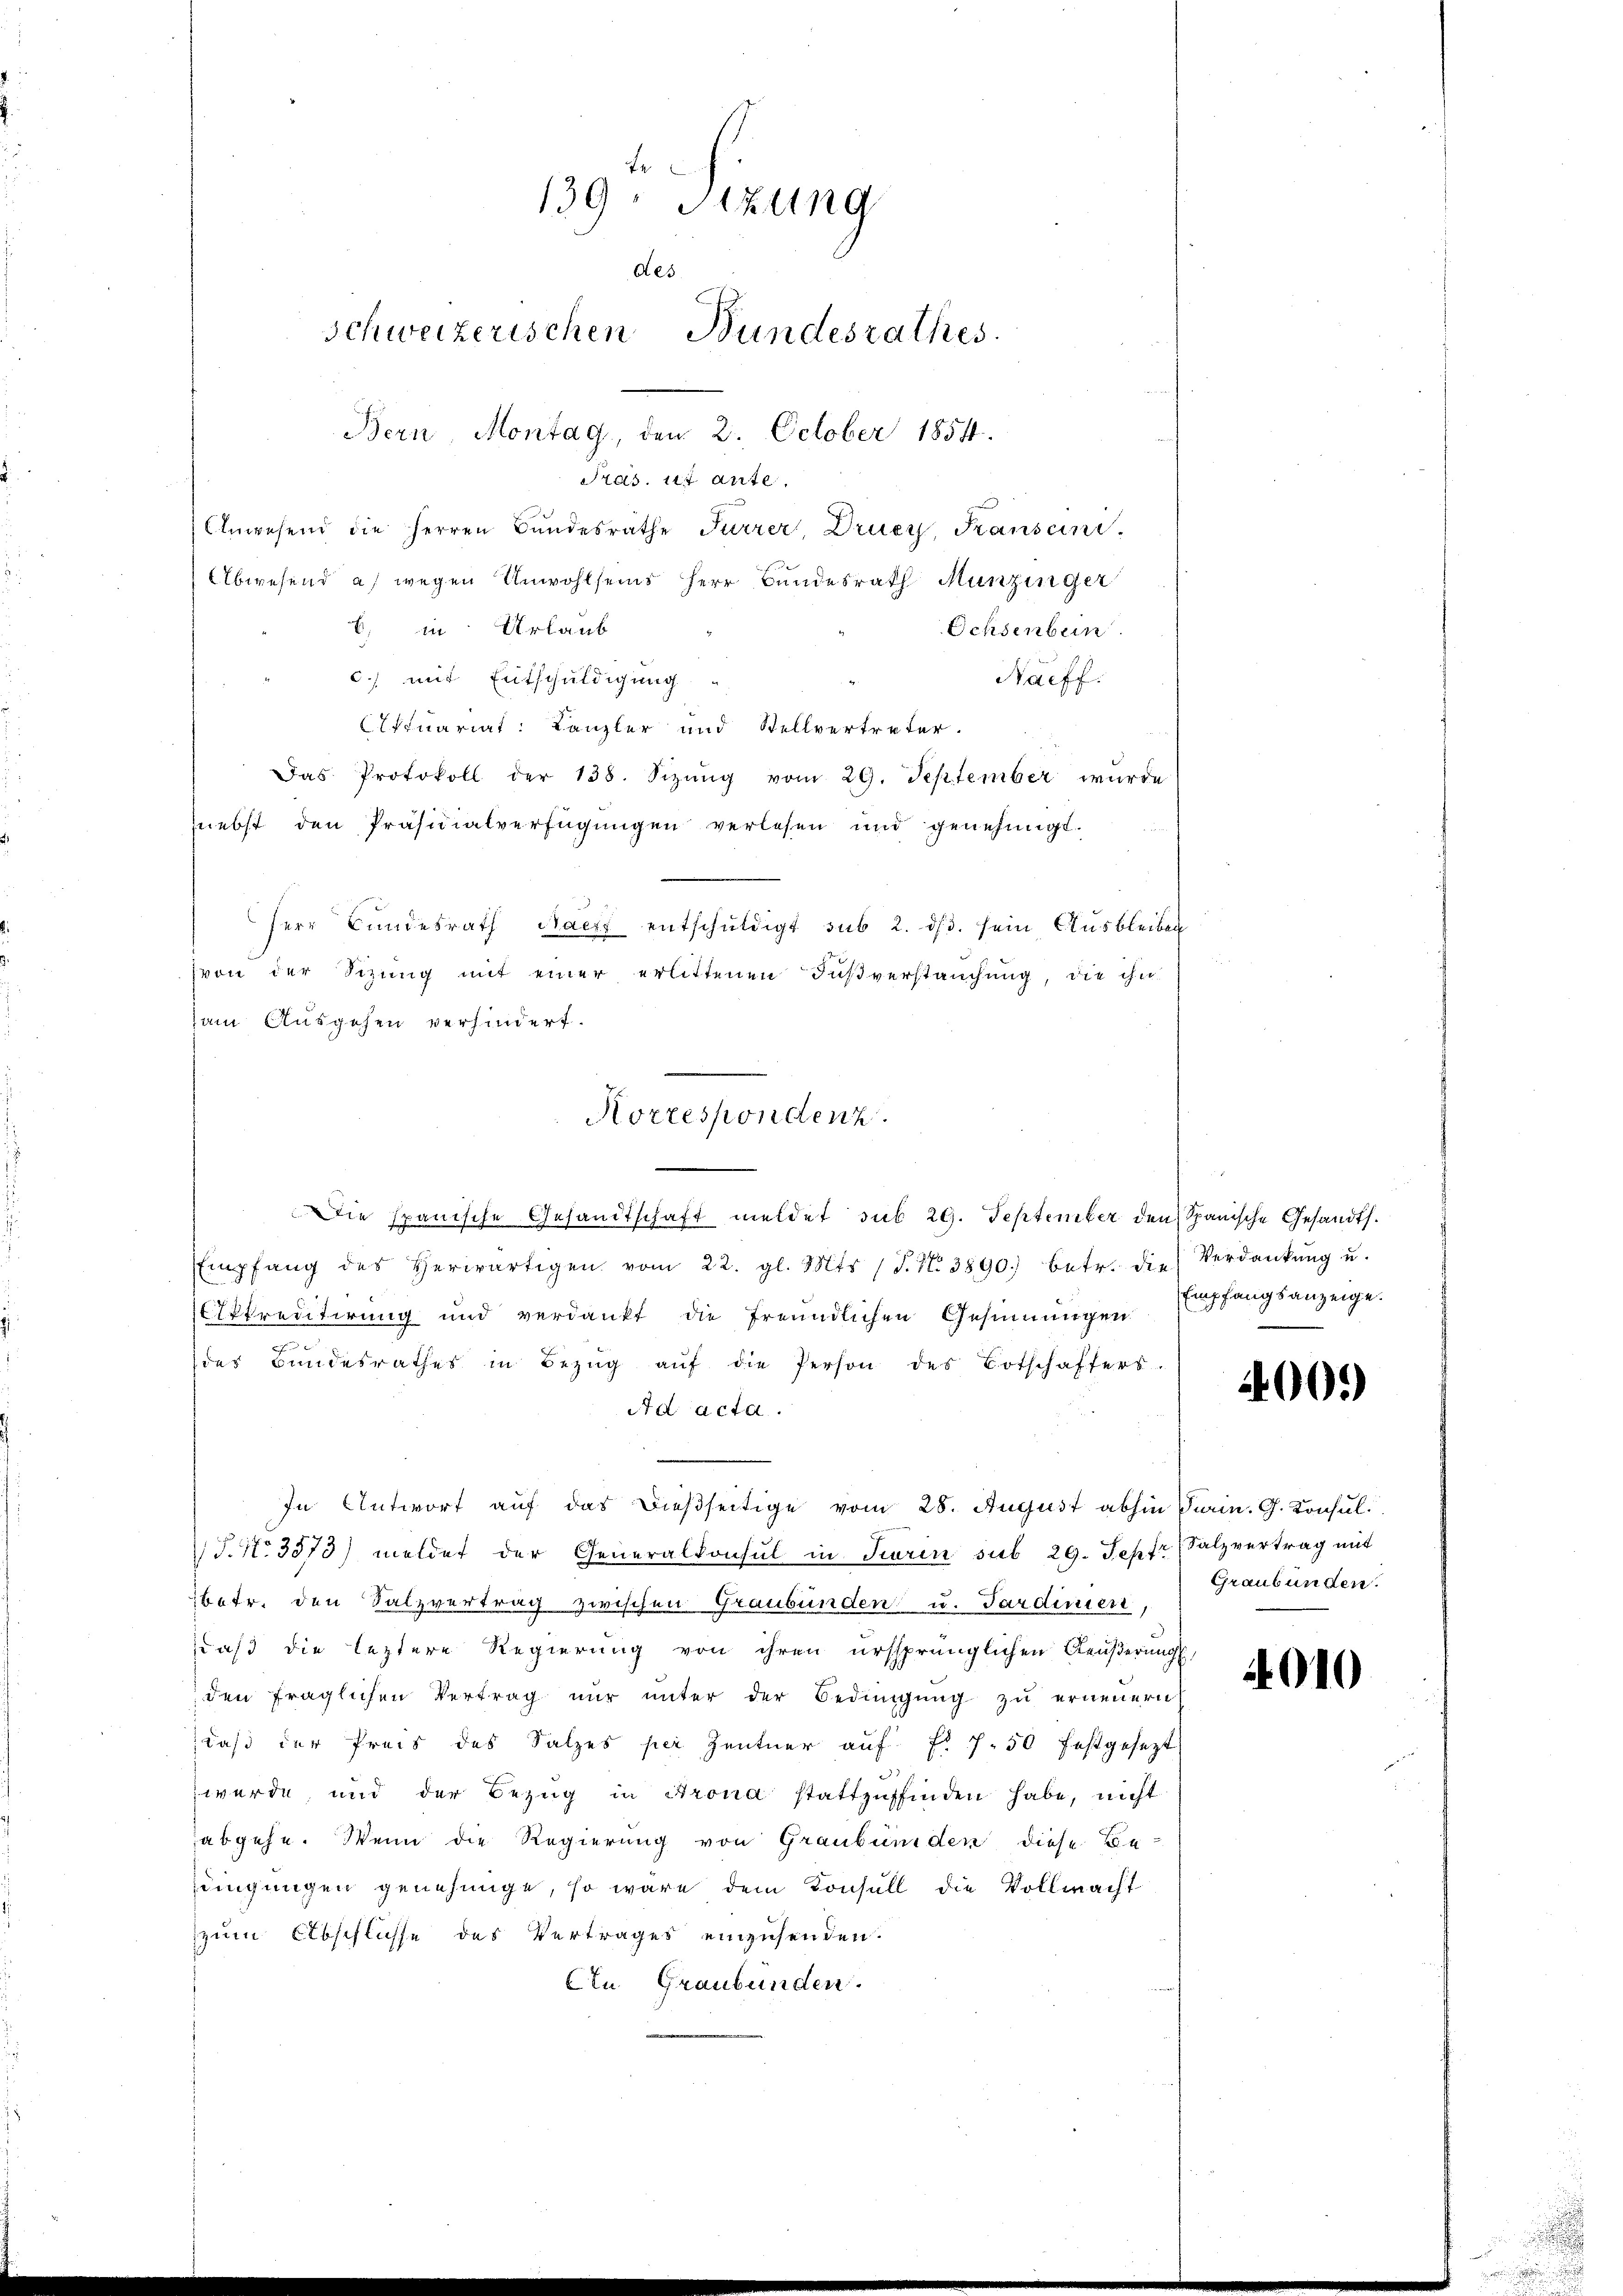
139 Stzung
Aes.
Schweizerischen Bundesrathes.
Bern, Montag, den 2. October 1854.

Pras. ist ante

Anwesend die Herren Bundesrathe Furrer, Druey, Franseine
bwesend a) wegen Unwohlseins Herr Bundesrath Munzinger
b. in Urlaub
Ochsenbein
6) mit Entschuldigung
Näcff.
fquariat Kanzler und Stellvertreter.
Das Protokoll der 138. Sizŭng vom 29. September wurde
nebst den Präsidialverfügungen verlesen und genehmigt.
Herr Bundesrath Nacht entschuldigt sub 2. dβ. sein Ausbleiben
von der Sizung mit einer erlittenen Fußverstauchung, die ihn
am Ausgehen verhindert.
Empfang des Herwärtigen vom 22. gl. Mts. (T. N. 3890; betr. die Verdankŭng u.
IItkreditirung und verdankt die freundlichen Gesinnungen
.
des Bundesrathes in Bezŭg aŭf die Person des Botschafters.
Ad acta.
In Antwort auf das dießseitige vom 28. August abhin Parin. G. Konsul¬
P.No. 3573) meldet der Generalkonsul in Turin sub 29. Jepf (Salzvertrag mit
betr. den Salzvertrag zwischen Graubünden u. Sardinien,
daß die leztere Regierung von ihren ursprünglichen Aeußerungs
den fraglichen Vertrag nur unter der Bedingung zu erneuern
daß der Preis des Salzes per Zentner aŭf Fr. 750 festgesezt
werde und der Bezŭg in Krona stattzŭfinden habe, nicht
abgehe. Wenn die Regierung von Graubünden diese Bedingungen genehmige, so wäre dem Konsull die Vollmacht
zum Abschlüsse des Vertrages einzusenden.
An Graubünden.

Korrespondenz.
Die spanische Gesandtschaft meldet sub 29. September den Spanische Gesandts¬

Empfangsanzeige.

4001)

Graubünden.

4010